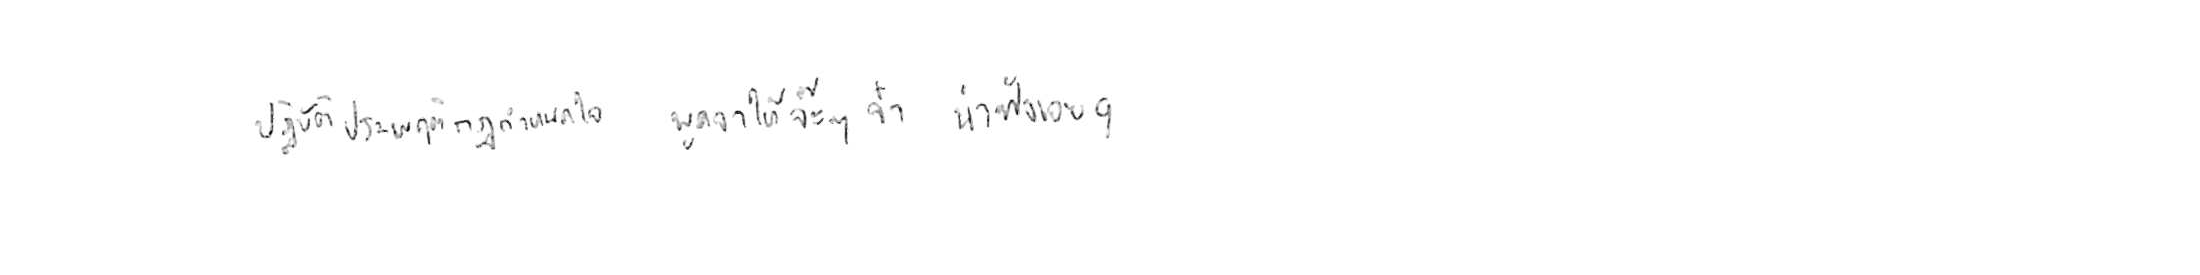
ปฏิบัติประพฤติกฎกำหนดใจ พูดจาให้จ๊ะๆ จ๋า น่าฟังเอยฯ